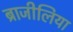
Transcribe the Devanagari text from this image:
ब्राजीलिया